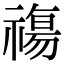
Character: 𥛙